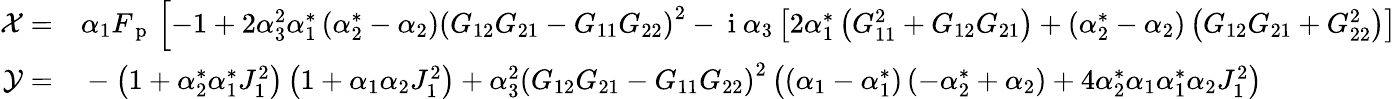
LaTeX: \begin{array}{rl}{\mathcal{X}=}&{{}\alpha_{1}F_{\mathrm{~p~}}\left[-1+2\alpha_{3}^{2}\alpha_{1}^{*}\left(\alpha_{2}^{*}-\alpha_{2}\right)\left(G_{12}G_{21}-G_{11}G_{22}\right)^{2}-\mathrm{~i~}\alpha_{3}\left[2\alpha_{1}^{*}\left(G_{11}^{2}+G_{12}G_{21}\right)+\left(\alpha_{2}^{*}-\alpha_{2}\right)\left(G_{12}G_{21}+G_{22}^{2}\right)\right]\right.}\\ {\mathcal{Y}=}&{{}-\left(1+\alpha_{2}^{*}\alpha_{1}^{*}J_{1}^{2}\right)\left(1+\alpha_{1}\alpha_{2}J_{1}^{2}\right)+\alpha_{3}^{2}\left(G_{12}G_{21}-G_{11}G_{22}\right)^{2}\left(\left(\alpha_{1}-\alpha_{1}^{*}\right)\left(-\alpha_{2}^{*}+\alpha_{2}\right)+4\alpha_{2}^{*}\alpha_{1}\alpha_{1}^{*}\alpha_{2}J_{1}^{2}\right)}\end{array}